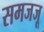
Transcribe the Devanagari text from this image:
समजजू